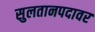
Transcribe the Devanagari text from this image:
सुलतानपदावर